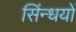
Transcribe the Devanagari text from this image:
सिंन्धयों